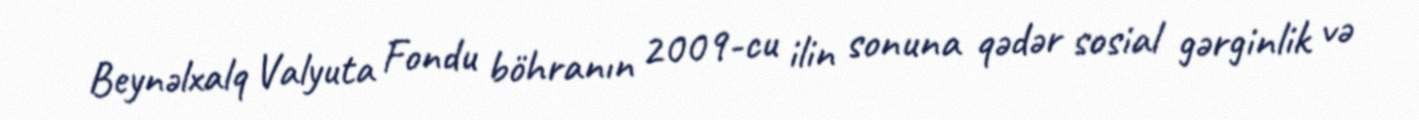
Beynəlxalq Valyuta Fondu böhranın 2009-cu ilin sonuna qədər sosial gərginlik və